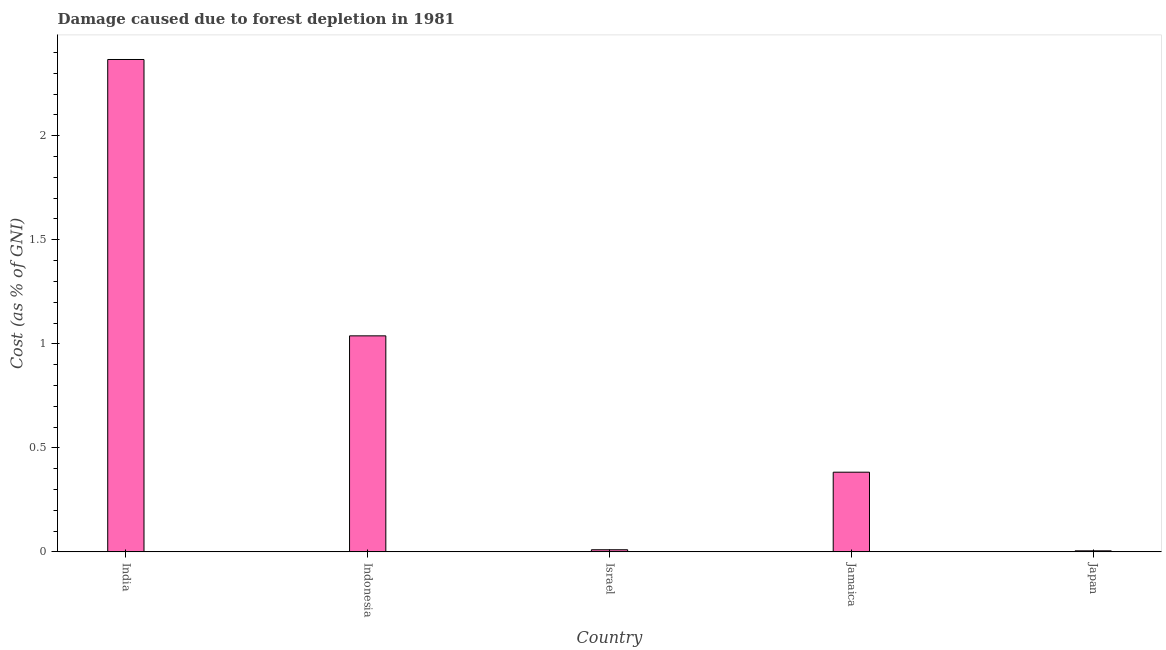
| Country | net forest depletion |
 | --- | --- |
 | India | 2.37 |
 | Indonesia | 1.04 |
 | Israel | 0.0102 |
 | Jamaica | 0.383 |
 | Japan | 0.005 |